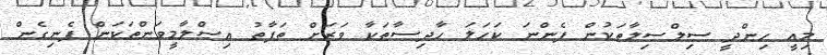
މިއީ ހިންދީ ސިލްސިލާތަކުން ފެންނަ ކަހަލަ ހާދިސާތަކާ ވަރަށް ތަފާތު އިސްލާމީވަންތަކަން ފެނިގެން